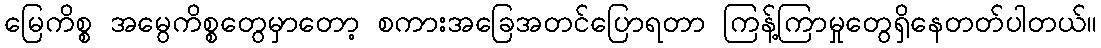
မြေကိစ္စ အမွေကိစ္စတွေမှာတော့ စကားအခြေအတင်ပြောရတာ ကြန့်ကြာမှုတွေရှိနေတတ်ပါတယ်။